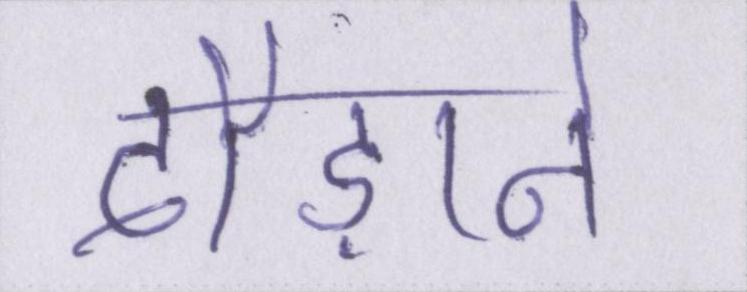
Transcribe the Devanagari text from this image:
दौड़ाने